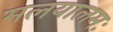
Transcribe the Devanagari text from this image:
मलयालमः